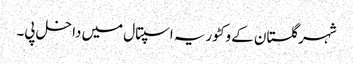
شہر گلستان کے وکٹوریہ اسپتال میں داخل پی۔